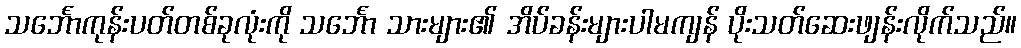
သင်္ဘောကုန်းပတ်တစ်ခုလုံးကို သင်္ဘော သားများ၏ အိပ်ခန်းများပါမကျန် ပိုးသတ်ဆေးဖျန်းလိုက်သည်။